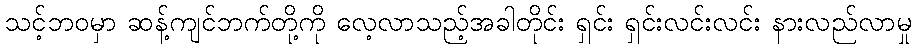
သင့်ဘဝမှာ ဆန့်ကျင်ဘက်တို့ကို လေ့လာသည့်အခါတိုင်း ရှင်း ရှင်းလင်းလင်း နားလည်လာမှု